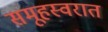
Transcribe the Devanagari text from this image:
समूहस्वरात